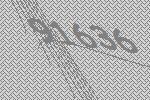
91636